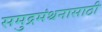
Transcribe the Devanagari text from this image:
समुद्रमंथनासाठी